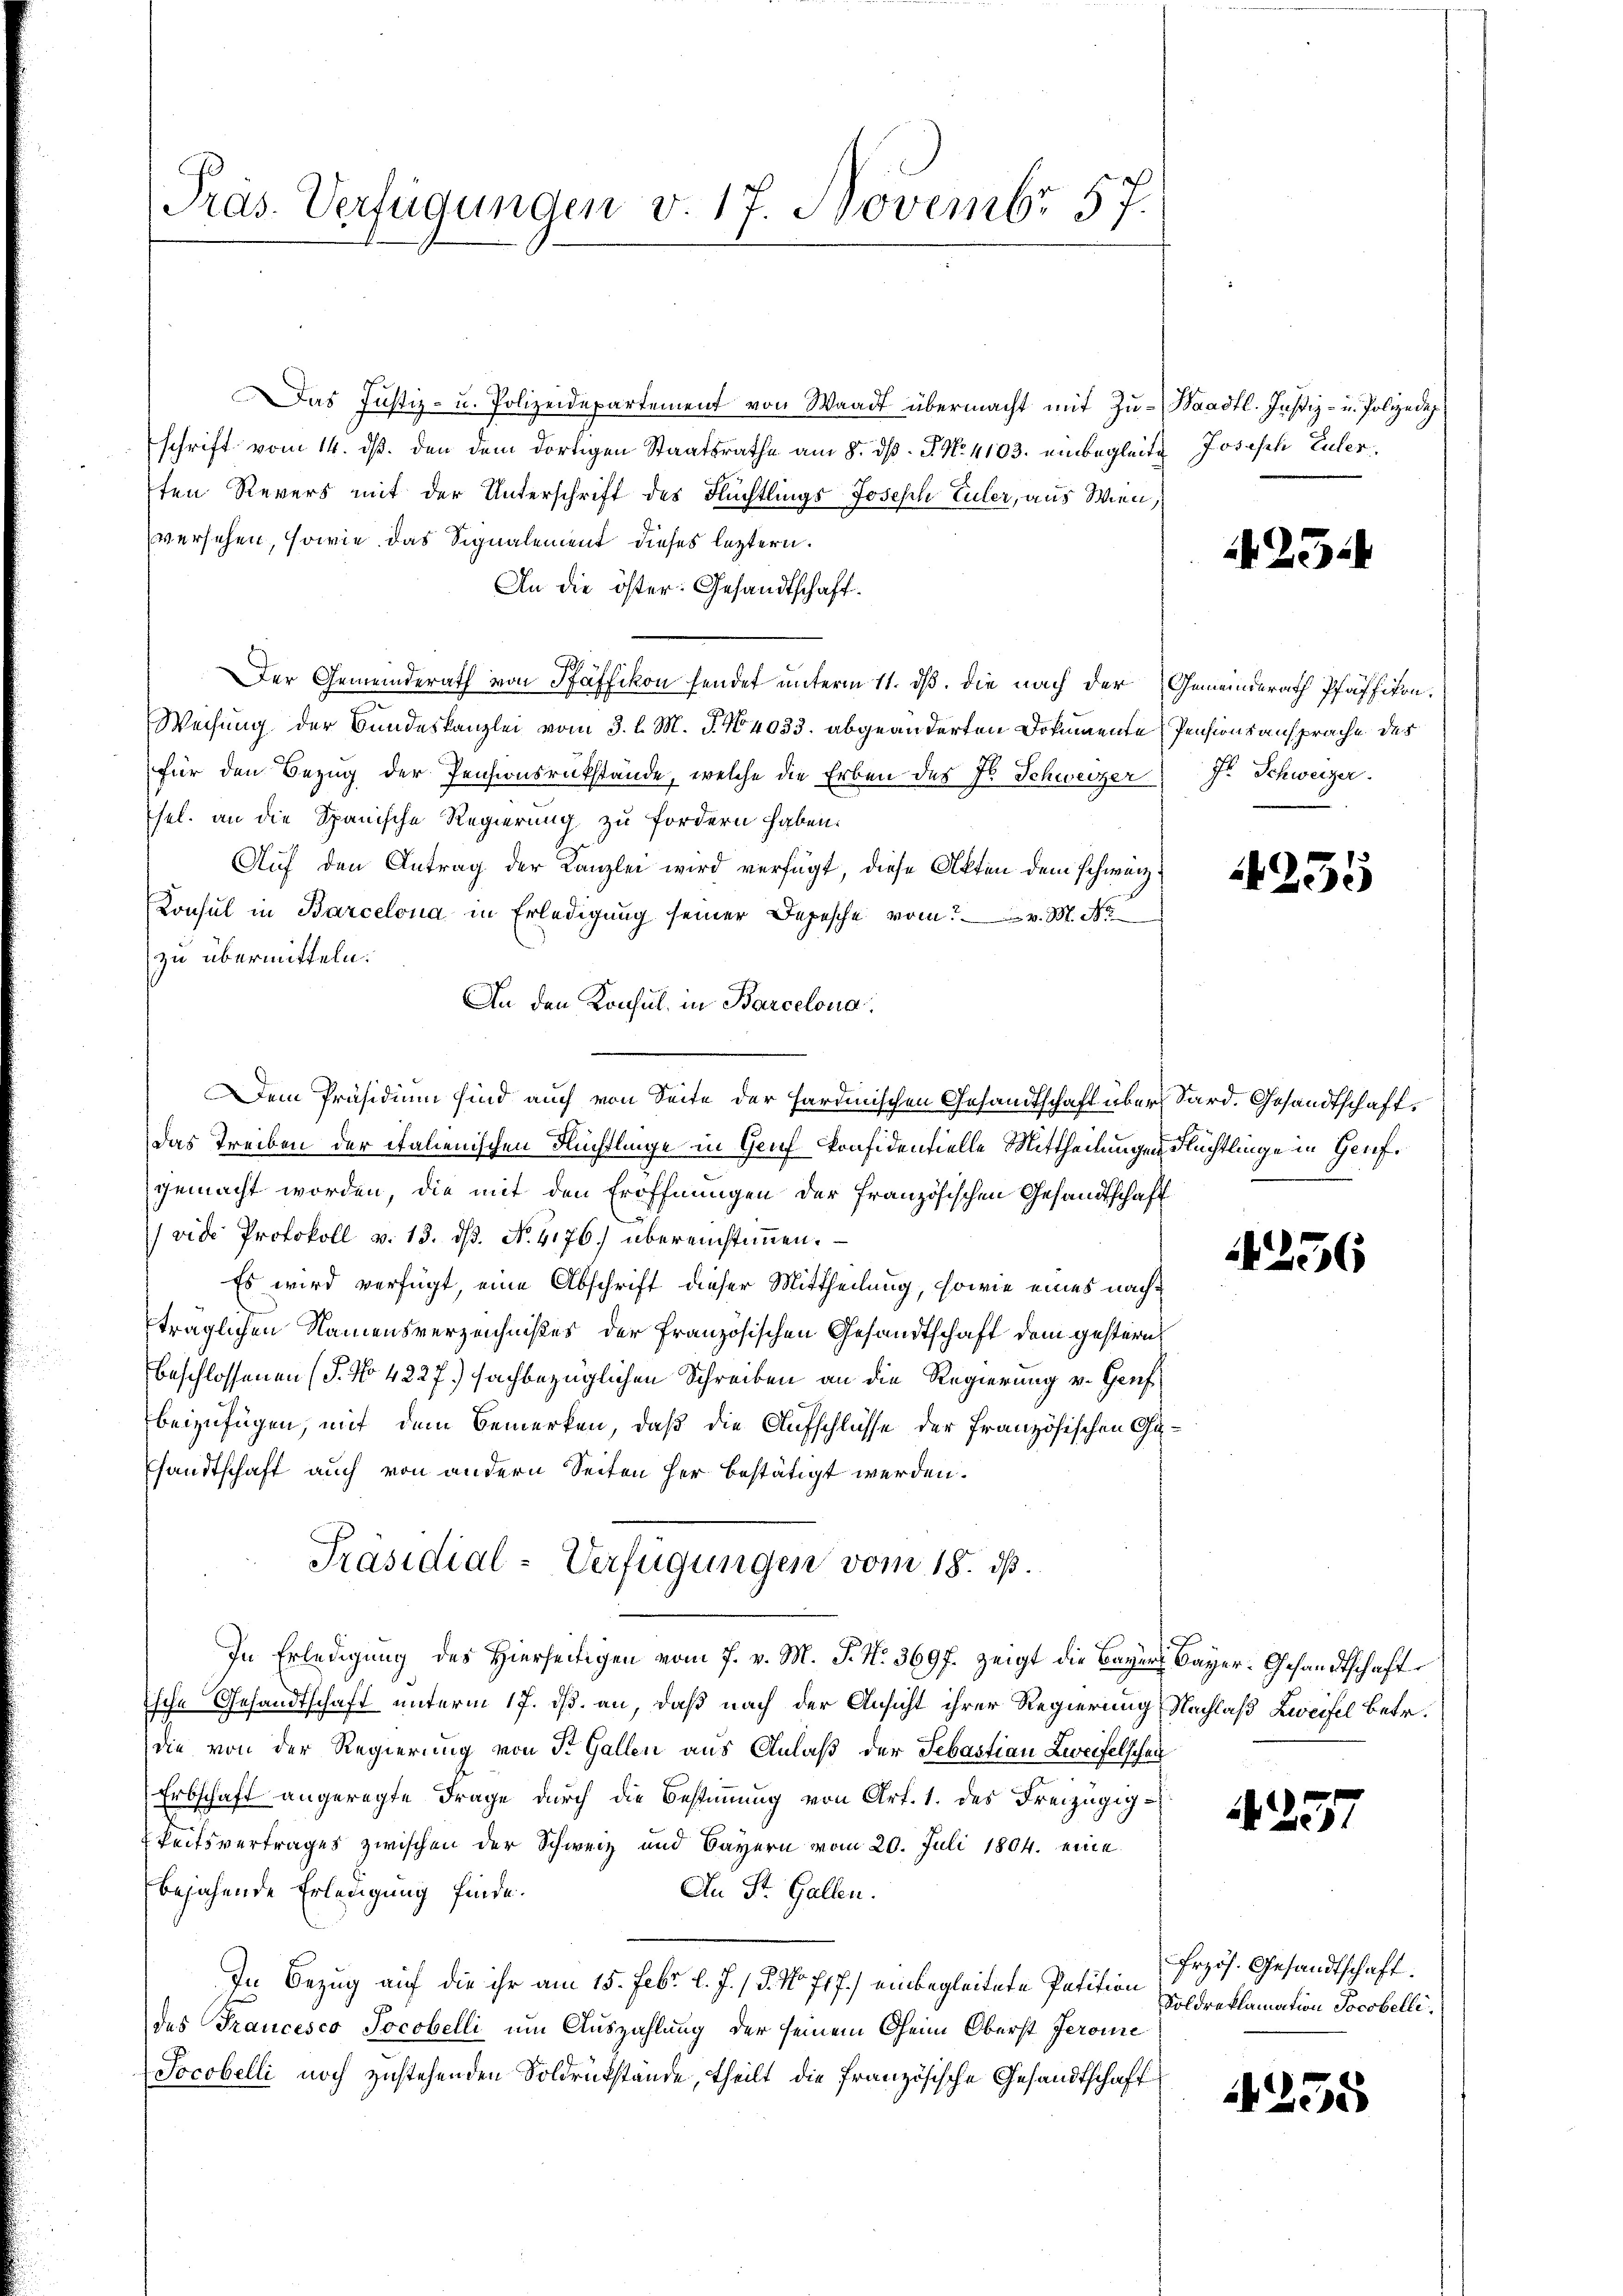
Präs. Verfügungen v. 17. Novembr 57.

Das Justiz- u. Polizeidepartement von Waadt übermacht mit Zuschrift vom 14. ds. den dem dortigen Staatsrathe am 8. d. J. No. 4103. einbegleitten Revers mit der Unterschrift des Flüchtlings Joseph Euler, aus Wien,
versehen, sowie das Signalement dieses leztern.
An die öster: Gesandtschaft.
Der Gemeinderath von Pfäffikon hendet unterm 11. ds. die nach der
Weisung der Bundeskanzlei vom 3. l. M. J. No 4033. abgeänderten Dokumente Pensionsansprache der
für den Bezug der Pensionsrükstände, welche die Erben des Fr. Schweizer J. Schweizer.
sel. an die Spanische Regierung zu fordern haben.
Auf den Antrag der Kanzlei wird verfügt, diese Akten dem schweiz
Konsul in Barcelona in Erledigung seiner Depesche vom v. M. No
zu übermitteln.
An den Konsul in Barcelona
Dem Präsidium sind auch von Seite der Hardinischen Gesandtschaft über Sard. Gesandtschaft¬
Das Treiben der italienischen Flüchtlinge in Genf Ponfidentielle Mittheilungen Flüchtlinge in Genfgemacht worden, die mit den Eröffnungen der Französischen Gesandtschaft
(vide Protokoll v. 13. ds. No. 4176) übereinstimmen.
Es wird verfügt, eine Abschrift dieser Mittheilung, sowie eines nachträglichen Namensverzeichnißes der französischen Gesandtschaft dem gesternbeschlossenen (T. No 4227.) sachbezüglichen Schreiben an die Regierung v. Genf
beizufügen, mit dem Bemerken, daß die Aufschlüsse der französischen Ge
sandtschaft auch von andern Seiten her bestätigt werden.
Präsidial-Verfügungen vom 18. ds.
In Erledigung des hierseitigen vom 7. v. M. J. N. 369 f. zeigt die Bayers Bayer-Gesandtschaft
Esche Gesandtschaft unterm 17. ds. an, daß nach der Ansicht ihrer Regierung Nachlaß zweifel betr.
die von der Regierung von St. Gallen aus Anlaß der Sebastian Zweifelschen
Erbschaft angeregte Frage durch die Bestimmung von Art. 1. des Freizügig¬
E
keitsvertrages zwischen der Schweiz und Bayern vom 20. Juli 1804. eine
bejahende Erledigung finde.
An St. Gallen.
In Bezug auf die ihr am 15. Febr. l. J. / 5. No 717.) einbegleitete Patition
des Francesco Jocobelli um Auszahlung der seinem Oheim Oberst Jerome
Socobelli noch zustehenden Soldrükstände, theilt die französische Gesandtschaft

Waadt. Justiz- u. Polize de
Joseph Euler

A 25

Gemeinderath Pfäffikon.

235

256

N 227

frzös. Gesandtschaft.
Soldreklamation Jocobelli,

255